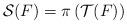
LaTeX: \begin{align*}\mathcal S(F) = \pi \left( \mathcal T(F)\right)\end{align*}